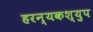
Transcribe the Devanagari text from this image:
हरन्यकश्युप